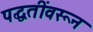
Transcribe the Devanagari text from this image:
पद्धतींवरून